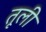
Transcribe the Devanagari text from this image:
तूली